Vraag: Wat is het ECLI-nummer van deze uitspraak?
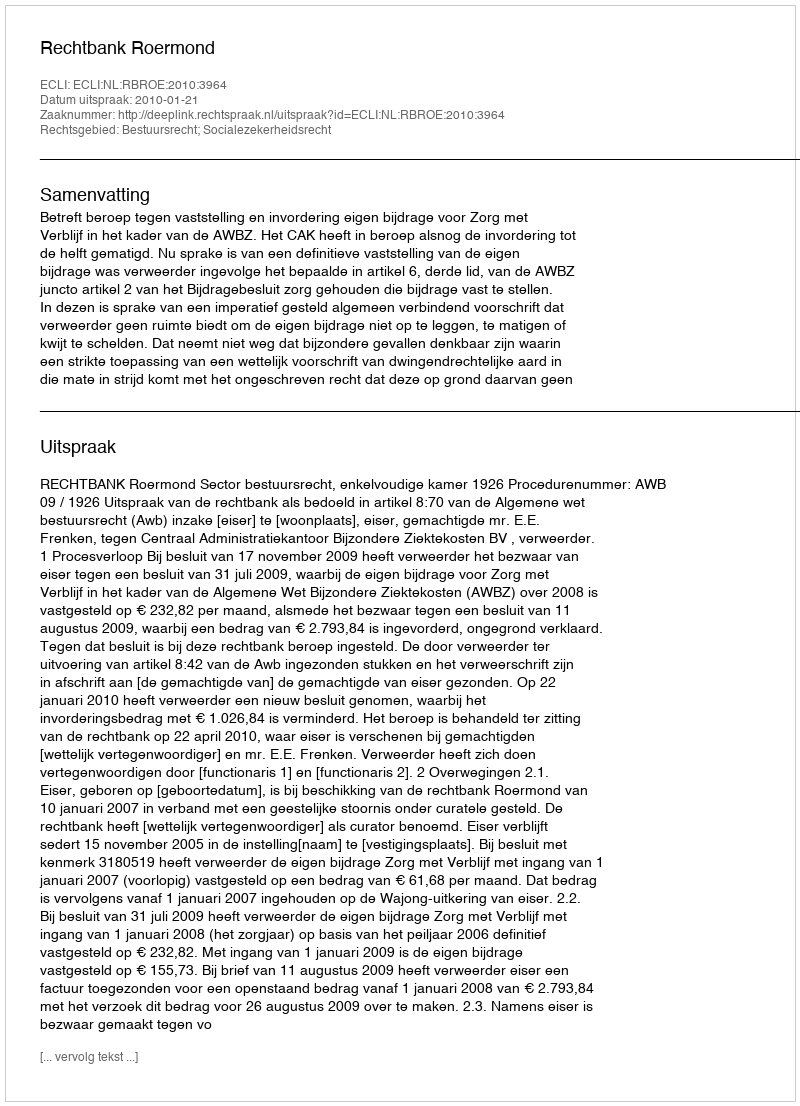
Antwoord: ECLI:NL:RBROE:2010:3964